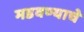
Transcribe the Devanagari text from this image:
मडवण्याचे